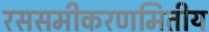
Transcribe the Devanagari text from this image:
रससमीकरणमितीय